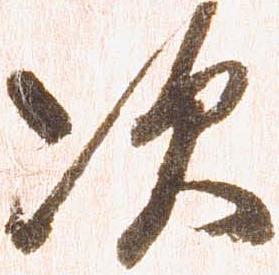
次